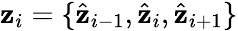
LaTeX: \mathbf{z}_{i}=\{ \hat{{\mathbf{z}}}_{i-1},\hat{{\mathbf{z}}}_{i},\hat{{\mathbf{z}}}_{i+1}\}